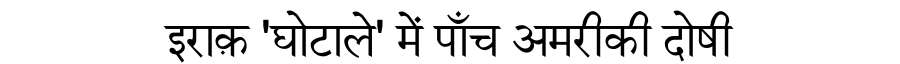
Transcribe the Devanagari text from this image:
इराक़ 'घोटाले' में पाँच अमरीकी दोषी